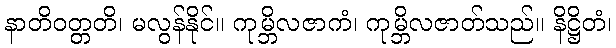
နာတိဝတ္တတိ၊ မလွန်နိုင်။ ကုမ္ဘိလဇာကံ၊ ကုမ္ဘိလဇာတ်သည်။ နိဋ္ဌိတံ၊